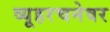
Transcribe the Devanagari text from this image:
व्यूहरचनेवर